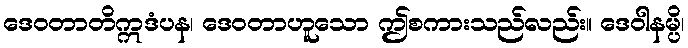
ဒေဝတာတိဣဒံပန၊ ဒေဝတာဟူသော ဤစကားသည်လည်း။ ဒေဝါနမ္ပိ၊